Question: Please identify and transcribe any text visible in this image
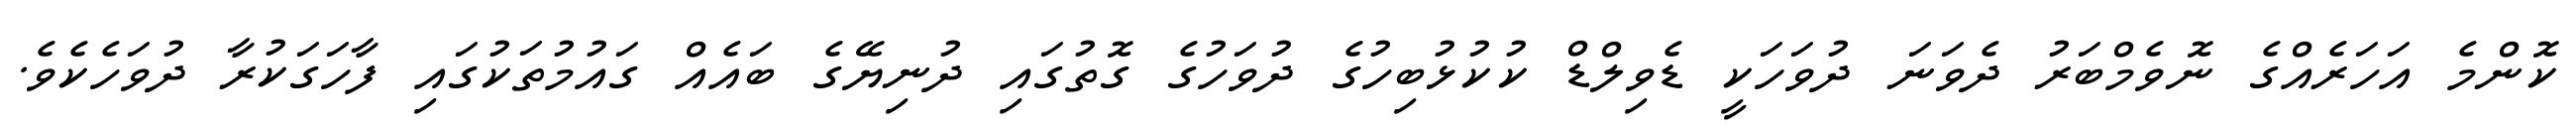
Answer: ކޮންމެ އަހަރެއްގެ ނޮވެމްބަރު ދެވަނަ ދުވަހަކީ ޑެވިލްޑް ކުކުޅުބިހުގެ ދުވަހުގެ ގޮތުގައި ދުނިޔޭގެ ބައެއް ގައުމުތަކުގައި ފާހަގަކުރާ ދުވަހެކެވެ.